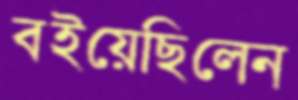
বইয়েছিলেন